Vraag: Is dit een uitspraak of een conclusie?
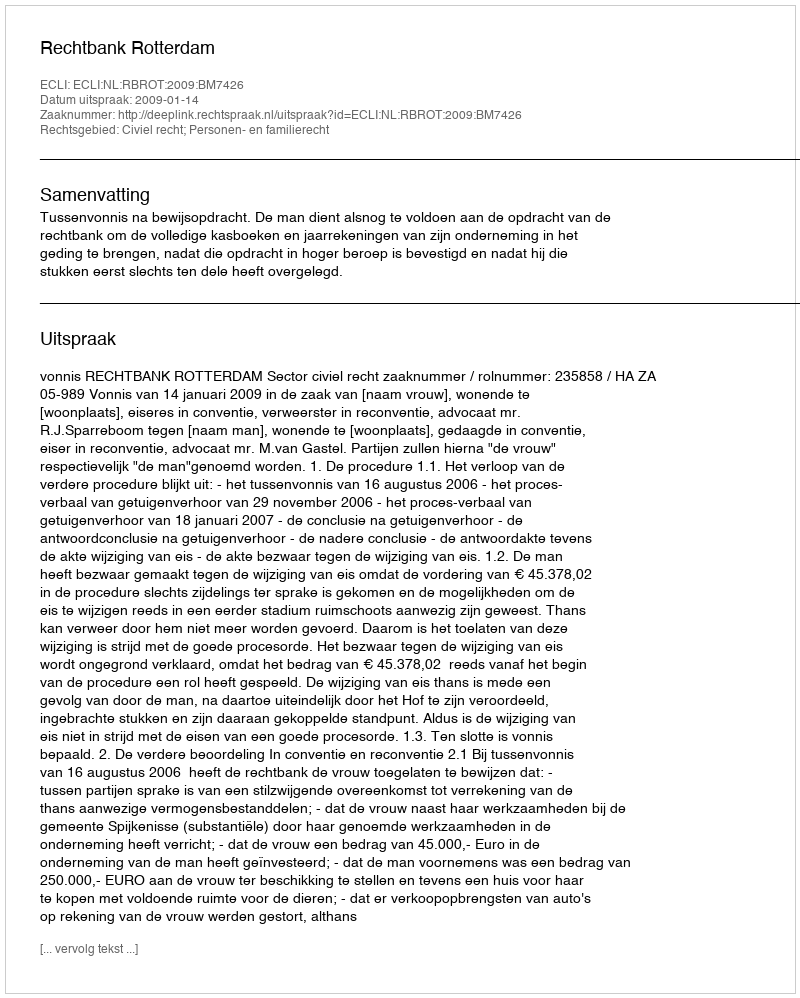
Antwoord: Uitspraak